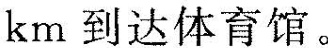
km 到达体育馆。